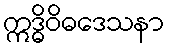
ဣဒ္ဓိဝိဓဒေသနာ